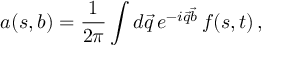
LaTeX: a ( s , b ) = { \frac { 1 } { 2 \pi } } \int d \vec { q } \, e ^ { - i \vec { q } \vec { b } } \, f ( s , t ) \, ,